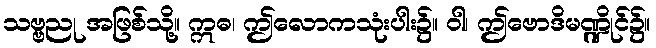
သဗ္ဗညု အဖြစ်သို့။ ဣဓ၊ ဤလောကသုံးပါး၌။ ဝါ၊ ဤဗောဒိမဏ္ဍိုင်၌။